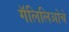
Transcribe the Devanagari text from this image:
गॅलिलिओचे